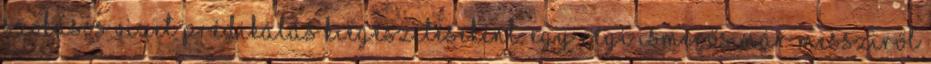
szokásos vizet prédikálás kie­gészítéseként. Egy ré­gi ismerős már messziről